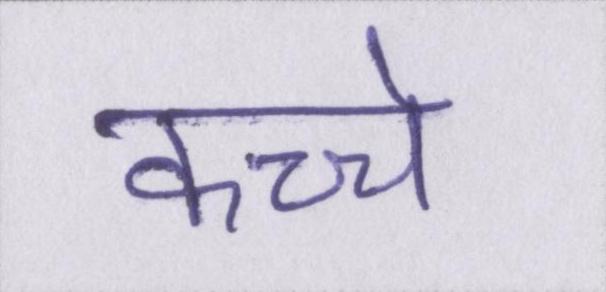
कच्चे